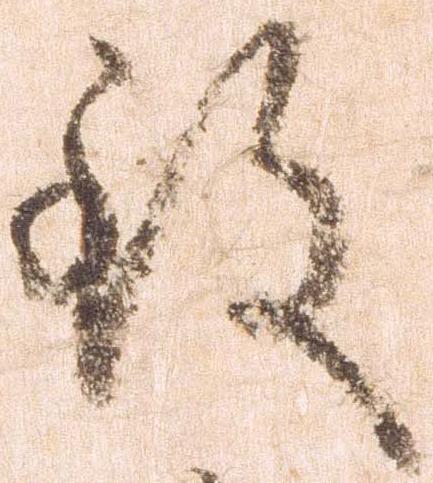
致